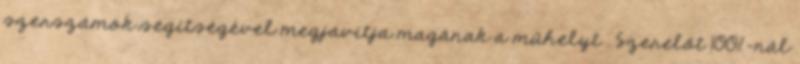
szerszámok segítségével megjavítja magának a műhelyt . Szerelőt 100%-nál